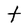
Character: t